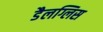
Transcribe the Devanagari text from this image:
डैलग्लिस